Calcutta medical institutions reports 1871-78
Year: 1871
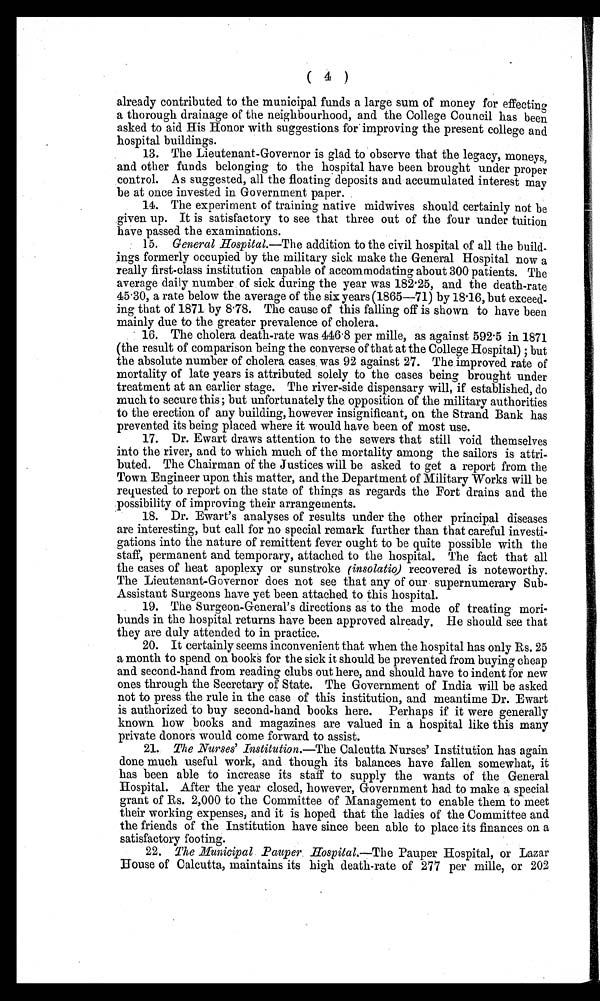
( 4 )
already contributed to the municipal funds a large sum of money for effecting
a thorough drainage of the neighbourhood, and the College Council has been
asked to aid His Honor with suggestions for improving the present college and
hospital buildings.
13. The Lieutenant-Governor is glad to observe that the legacy, moneys,
and other funds belonging to the hospital have been brought under proper
control. As suggested, all the floating deposits and accumulated interest may
be at once invested in Government paper.
14. The experiment of training native midwives should certainly not be
given up. It is satisfactory to see that three out of the four under tuition
have passed the examinations.
15. General Hospital .—The addition to the civil hospital of all the build-
ings formerly occupied by the military sick make the General Hospital now a
really first-class institution capable of accommodating about 300 patients. The
average daily number of sick during the year was 182.25, and the death-rate
45.30, a rate below the average of the six years (1865—71) by 18.16, but exceed-
ing that of 1871 by 8.78. The cause of this falling off is shown to have been
mainly due to the greater prevalence of cholera.
16. The cholera death-rate was 446.8 per mille, as against 592.5 in 1871
(the result of comparison being the converse of that at the College Hospital) ; but
the absolute number of cholera cases was 92 against 27. The improved rate of
mortality of late years is attributed solely to the cases being brought under
treatment at an earlier stage. The river-side dispensary will, if established, do
much to secure this ; but unfortunately the opposition of the military authorities
to the erection of any building, however insignificant, on the Strand Bank has
prevented its being placed where it would have been of most use.
17. Dr. Ewart draws attention to the sewers that still void themselves
into the river, and to which much of the mortality among the sailors is attri-
buted. The Chairman of the Justices will be asked to get a report from the
Town Engineer upon this matter, and the Department of Military Works will be
requested to report on the state of things as regards the Fort drains and the
possibility of improving their arrangements.
18. Dr. Ewart's analyses of results under the other principal diseases
are interesting, but call for no special remark further than that careful investi-
gations into the nature of remittent fever ought to be quite possible with the
staff, permanent and temporary, attached to the hospital. The fact that all
the cases of heat apoplexy or sunstroke (insolatio) recovered is noteworthy.
The Lieutenant-Governor does not see that any of our supernumerary Sub-
Assistant Surgeons have yet been attached to this hospital.
19. The Surgeon-General's directions as to the mode of treating mori-
bunds in the hospital returns have been approved already. He should see that
they are duly attended to in practice.
20. It certainly seems inconvenient that when the hospital has only Rs. 25
a month to spend on books for the sick it should be prevented from buying cheap
and second-hand from reading clubs out here, and should have to indent for new
ones through the Secretary of State. The Government of India will be asked
not to press the rule in the case of this institution, and meantime Dr. Ewart
is authorized to buy second-hand books here. Perhaps if it were generally
known how books and magazines are valued in a hospital like this many
private donors would come forward to assist.
21. The Nurses' Institution .—The Calcutta Nurses' Institution has again
done much useful work, and though its balances have fallen somewhat, it
has been able to increase its staff to supply the wants of the General
Hospital. After the year closed, however, Government had to make a special
grant of Rs. 2,000 to the Committee of Management to enable them to meet
their working expenses, and it is hoped that the ladies of the Committee and
the friends of the Institution have since been able to place its finances on a
satisfactory footing.
22. The Municipal Pauper Hospital.—The Pauper Hospital, or Lazar
House of Calcutta, maintains its high death-rate of 277 per mille, or 202